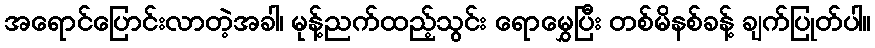
အရောင်ပြောင်းလာတဲ့အခါ၊ မုန့်ညက်ထည့်သွင်း ရောမွှေပြီး တစ်မိနစ်ခန့် ချက်ပြုတ်ပါ။